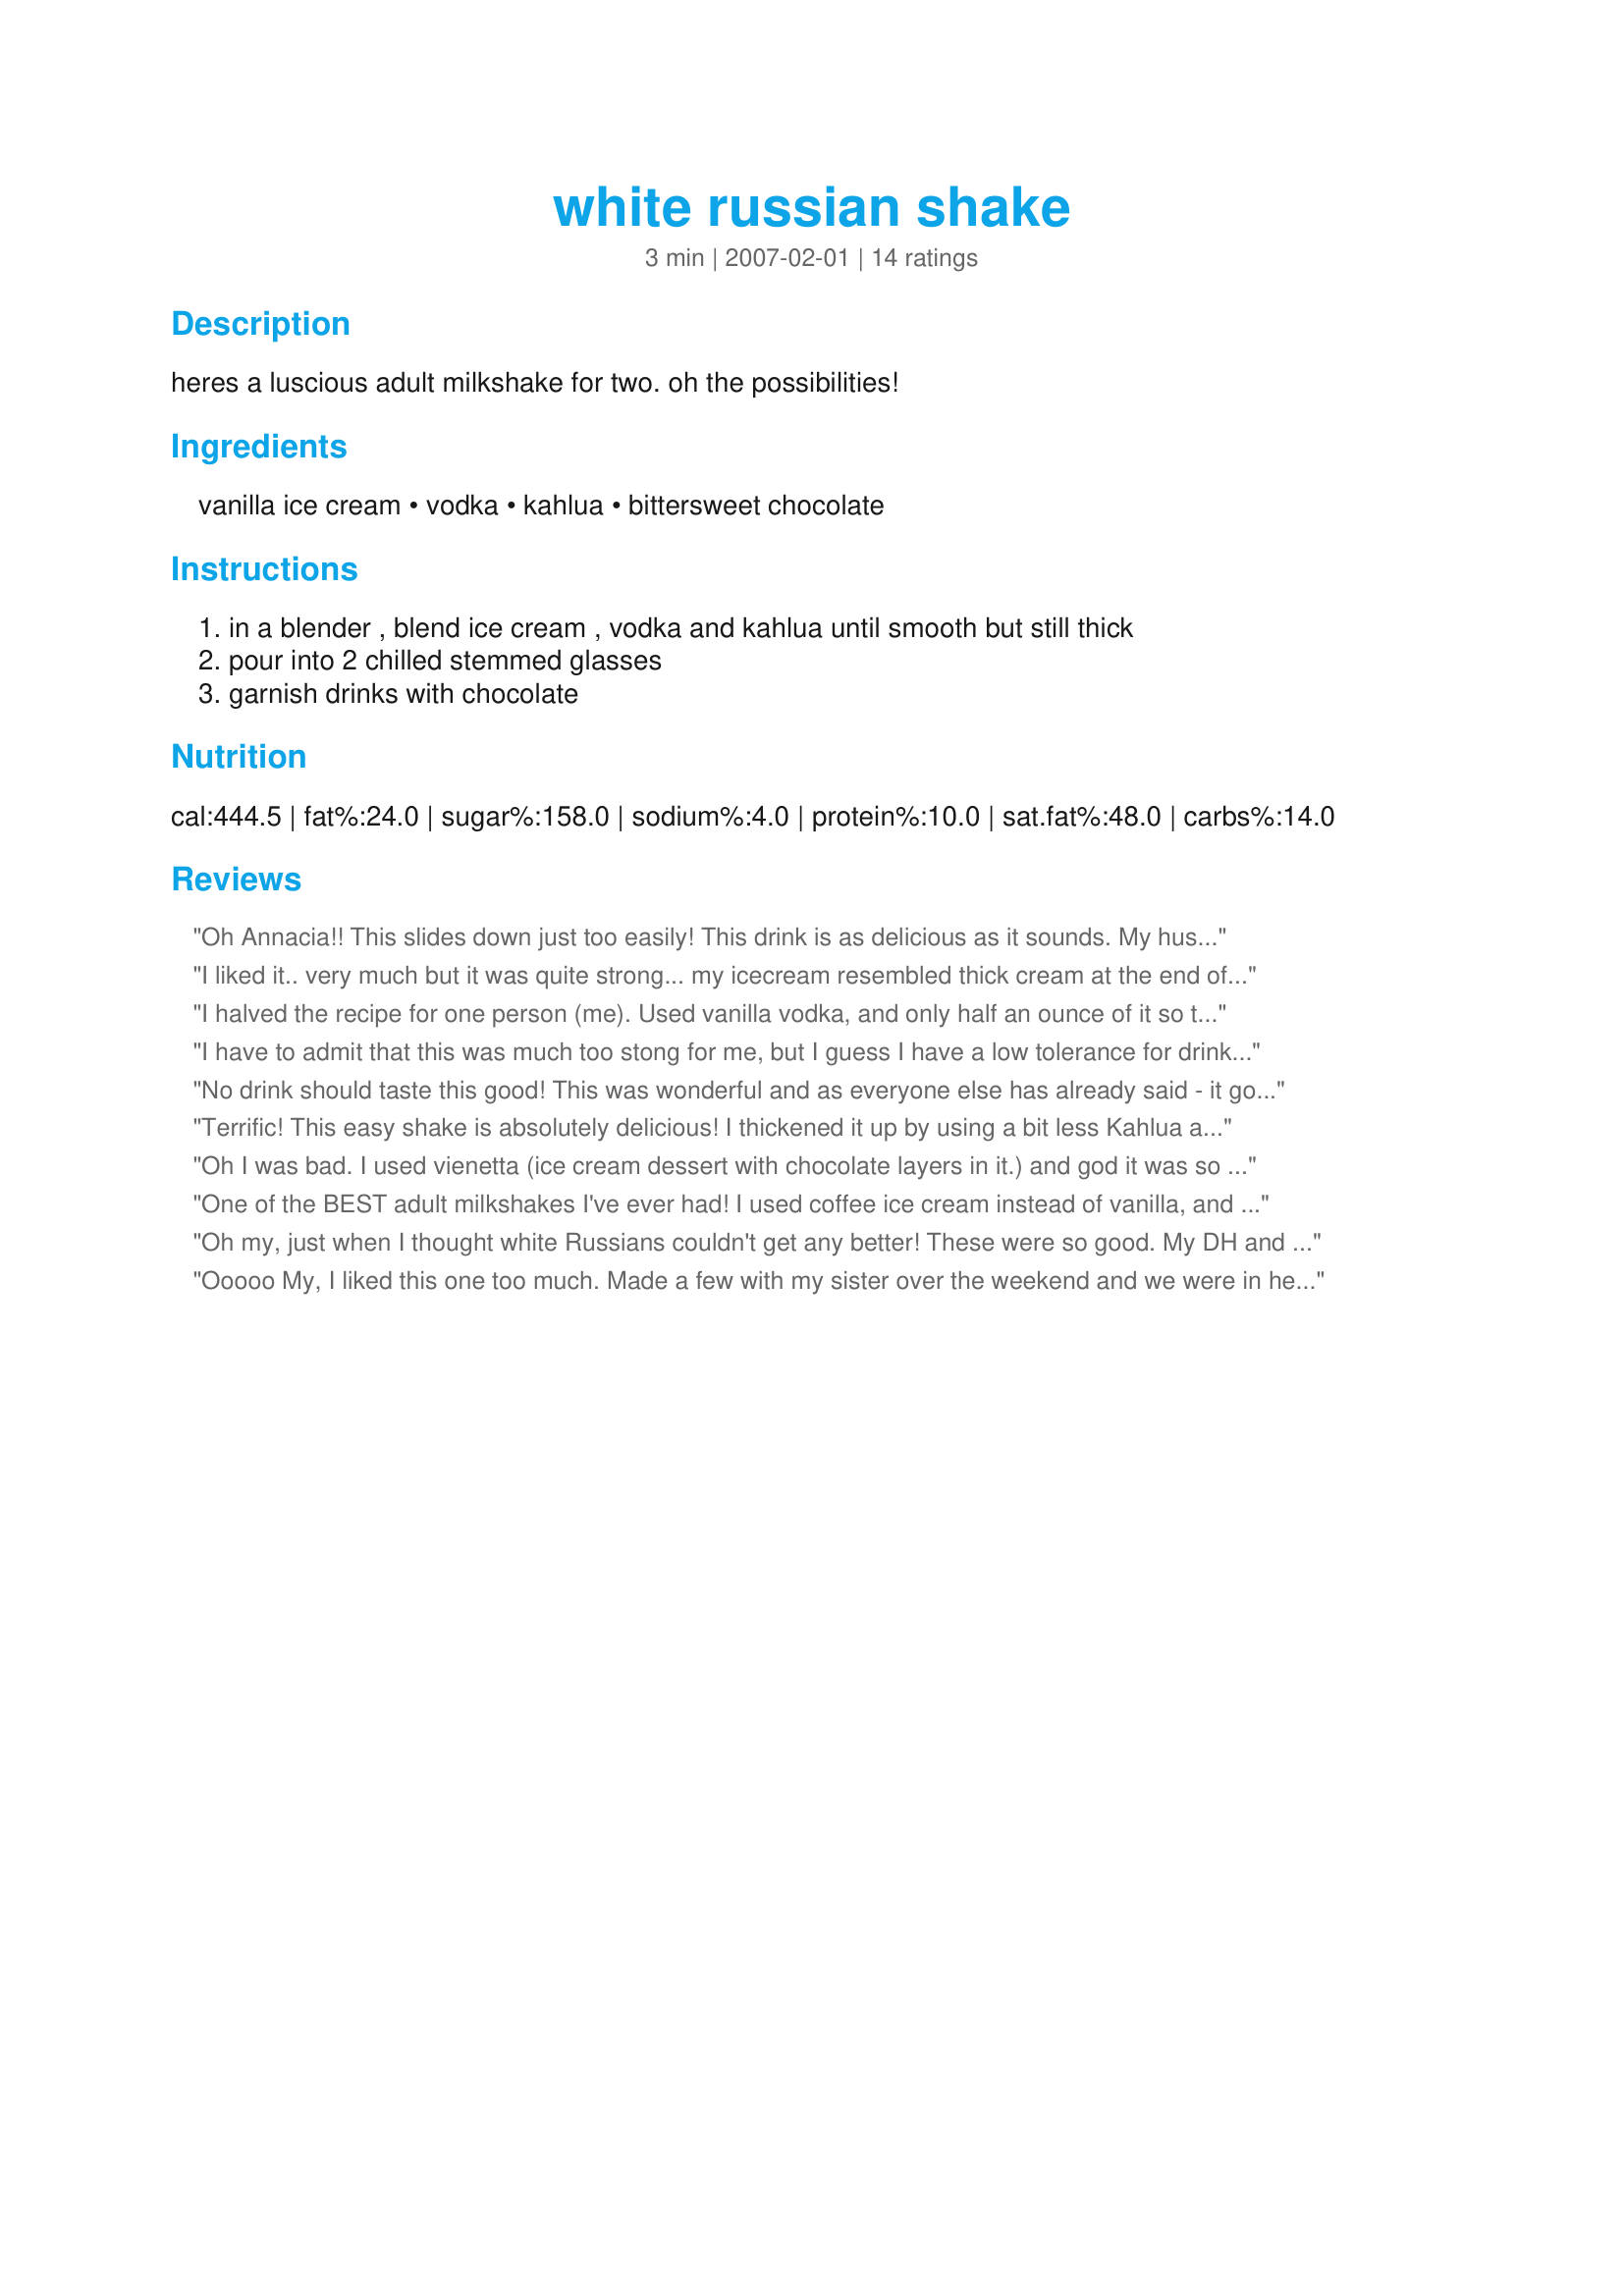
white russian shake
Preparation time: 3 minutes

heres a luscious adult milkshake for two. oh the possibilities!

Ingredients:
vanilla ice cream, vodka, kahlua, bittersweet chocolate

Steps:
in a blender , blend ice cream , vodka and kahlua until smooth but still thick, pour into 2 chilled stemmed glasses, garnish drinks with chocolate

Reviews:
Oh Annacia!! This slides down just too easily! This drink is as delicious as it sounds. My husband say, "If these catch on at McDonald's we've got a big problem on our hands!" Thanks for this treat :)
I liked it.. very much but it was quite strong... my icecream resembled thick cream at the end of the blending so I wasn't sure if I did it right. It's my first try of Kahlua, and maybe I wasn't quite ready for the punch of both that and the vodka. I'm new to dinking alchol instead of just cooking with it so I think that next time, like Karen I will tone this down a bit by adding more icecream. Heck I'm having fun tryng it out though ! 4 stars for a recipe that I will keep and work on so that I can stay upright enough to continue cooking. Thanks!
I halved the recipe for one person (me). Used vanilla vodka, and only half an ounce of it so the alcohol flavor wouldn't be too strong. A yummy nighttime treat!
I have to admit that this was much too stong for me, but I guess I have a low tolerance for drinks that have a strong alcohol flavor. I cut the recipe in half, and used almost one ounce of each liquor. I also needed to add a bunch more ice cream because it totally liquifid in the blender to almost nothing. If I make this again, I would use 1 1/2 cups ice cream to a total of one 1 ounce of liquor. I think that this would be a hit for someone that likes really strong chocolate martinis.
No drink should taste this good! This was wonderful and as everyone else has already said - it goes down way to easy. Thanks Annacia for one I know we will repeat often.
Terrific! This easy shake is absolutely delicious! I thickened it up by using a bit less Kahlua and vodka but the same amount of ice cream. Thanks Annacia for sharing the recipe ~ I just loved it!
Oh I was bad. I used vienetta (ice cream dessert with chocolate layers in it.) and god it was so sinfully good!! Chocolate chip or mint ice cream works too - there are so many possibilities! I didn't chuck it in the blender though (don't have one) and had to pour in a bit of milk to thin it. Good stuff Annacia!
One of the BEST adult milkshakes I've ever had! I used coffee ice cream instead of vanilla, and it reminded me of Ben and Jerry's White Russian Ice Cream. I'm still upset they stopped making that flavour, but this will fill in nicely in the future. Thanks Annacia! Made for ZWT 4.
Oh my, just when I thought white Russians couldn't get any better! These were so good. My DH and I loved them! Thanks for posting!
Ooooo My, I liked this one too much. Made a few with my sister over the weekend and we were in heaven. Thanks for another wonderful drink. ~V
Wow, DELISH! Bev's right, these go down way to easy. DH loved it as well. Thanks for posting. Nick's Mom
Oh my!!! Whats not to like about this shake!!! I made this as an after Christmas dinner dessert, or let me relax drink, which we had about 3 pm, so I made this about 6-7 pm as my dessert. I made this as written. What a great way to finish off our Christmas day!! Thanks for sharing and this was made for Stars Tag.
all I can say is this is some wicked shake, myself and DH enjoyed this tonight, I made exactly as stated, thanks for sharing Annacia!
What can I say but it is all gone!

I chose to add the chocolate in when mixing. Still came out great.
